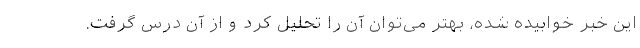
این خبر خوابیده شده، بهتر می‌توان آن را تحلیل کرد و از آن درس گرفت.